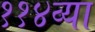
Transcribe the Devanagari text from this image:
११४व्या